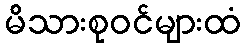
မိသားစုဝင်များထံ